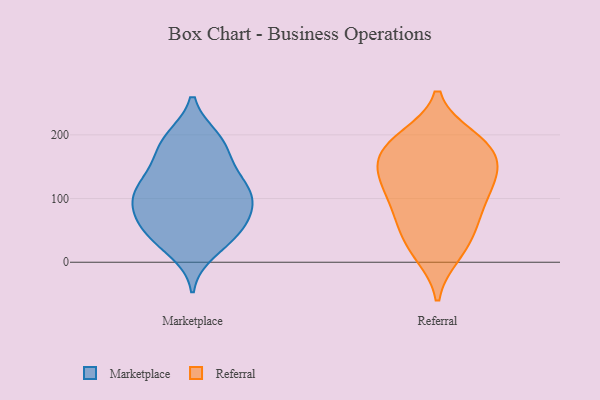
{"axis": {"x": "Bounce Rate (%)", "y": "Value"}, "legend": ["Marketplace", "Referral"], "data": [{"x": "", "y": 77, "type": "Marketplace"}, {"x": "", "y": 110, "type": "Marketplace"}, {"x": "", "y": 195, "type": "Marketplace"}, {"x": "", "y": 35, "type": "Marketplace"}, {"x": "", "y": 39, "type": "Marketplace"}, {"x": "", "y": 72, "type": "Marketplace"}, {"x": "", "y": 191, "type": "Marketplace"}, {"x": "", "y": 192, "type": "Marketplace"}, {"x": "", "y": 116, "type": "Marketplace"}, {"x": "", "y": 44, "type": "Marketplace"}, {"x": "", "y": 109, "type": "Marketplace"}, {"x": "", "y": 17, "type": "Marketplace"}, {"x": "", "y": 153, "type": "Marketplace"}, {"x": "", "y": 106, "type": "Marketplace"}, {"x": "", "y": 94, "type": "Marketplace"}, {"x": "", "y": 72, "type": "Marketplace"}, {"x": "", "y": 59, "type": "Marketplace"}, {"x": "", "y": 173, "type": "Marketplace"}, {"x": "", "y": 140, "type": "Marketplace"}, {"x": "", "y": 120, "type": "Marketplace"}, {"x": "", "y": 138, "type": "Referral"}, {"x": "", "y": 193, "type": "Referral"}, {"x": "", "y": 182, "type": "Referral"}, {"x": "", "y": 72, "type": "Referral"}, {"x": "", "y": 125, "type": "Referral"}, {"x": "", "y": 189, "type": "Referral"}, {"x": "", "y": 97, "type": "Referral"}, {"x": "", "y": 50, "type": "Referral"}, {"x": "", "y": 45, "type": "Referral"}, {"x": "", "y": 83, "type": "Referral"}, {"x": "", "y": 111, "type": "Referral"}, {"x": "", "y": 132, "type": "Referral"}, {"x": "", "y": 158, "type": "Referral"}, {"x": "", "y": 12, "type": "Referral"}, {"x": "", "y": 196, "type": "Referral"}, {"x": "", "y": 152, "type": "Referral"}, {"x": "", "y": 15, "type": "Referral"}, {"x": "", "y": 167, "type": "Referral"}]}